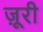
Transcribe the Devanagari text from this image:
ज़ूरी